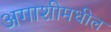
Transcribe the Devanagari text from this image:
अगाशीमधील